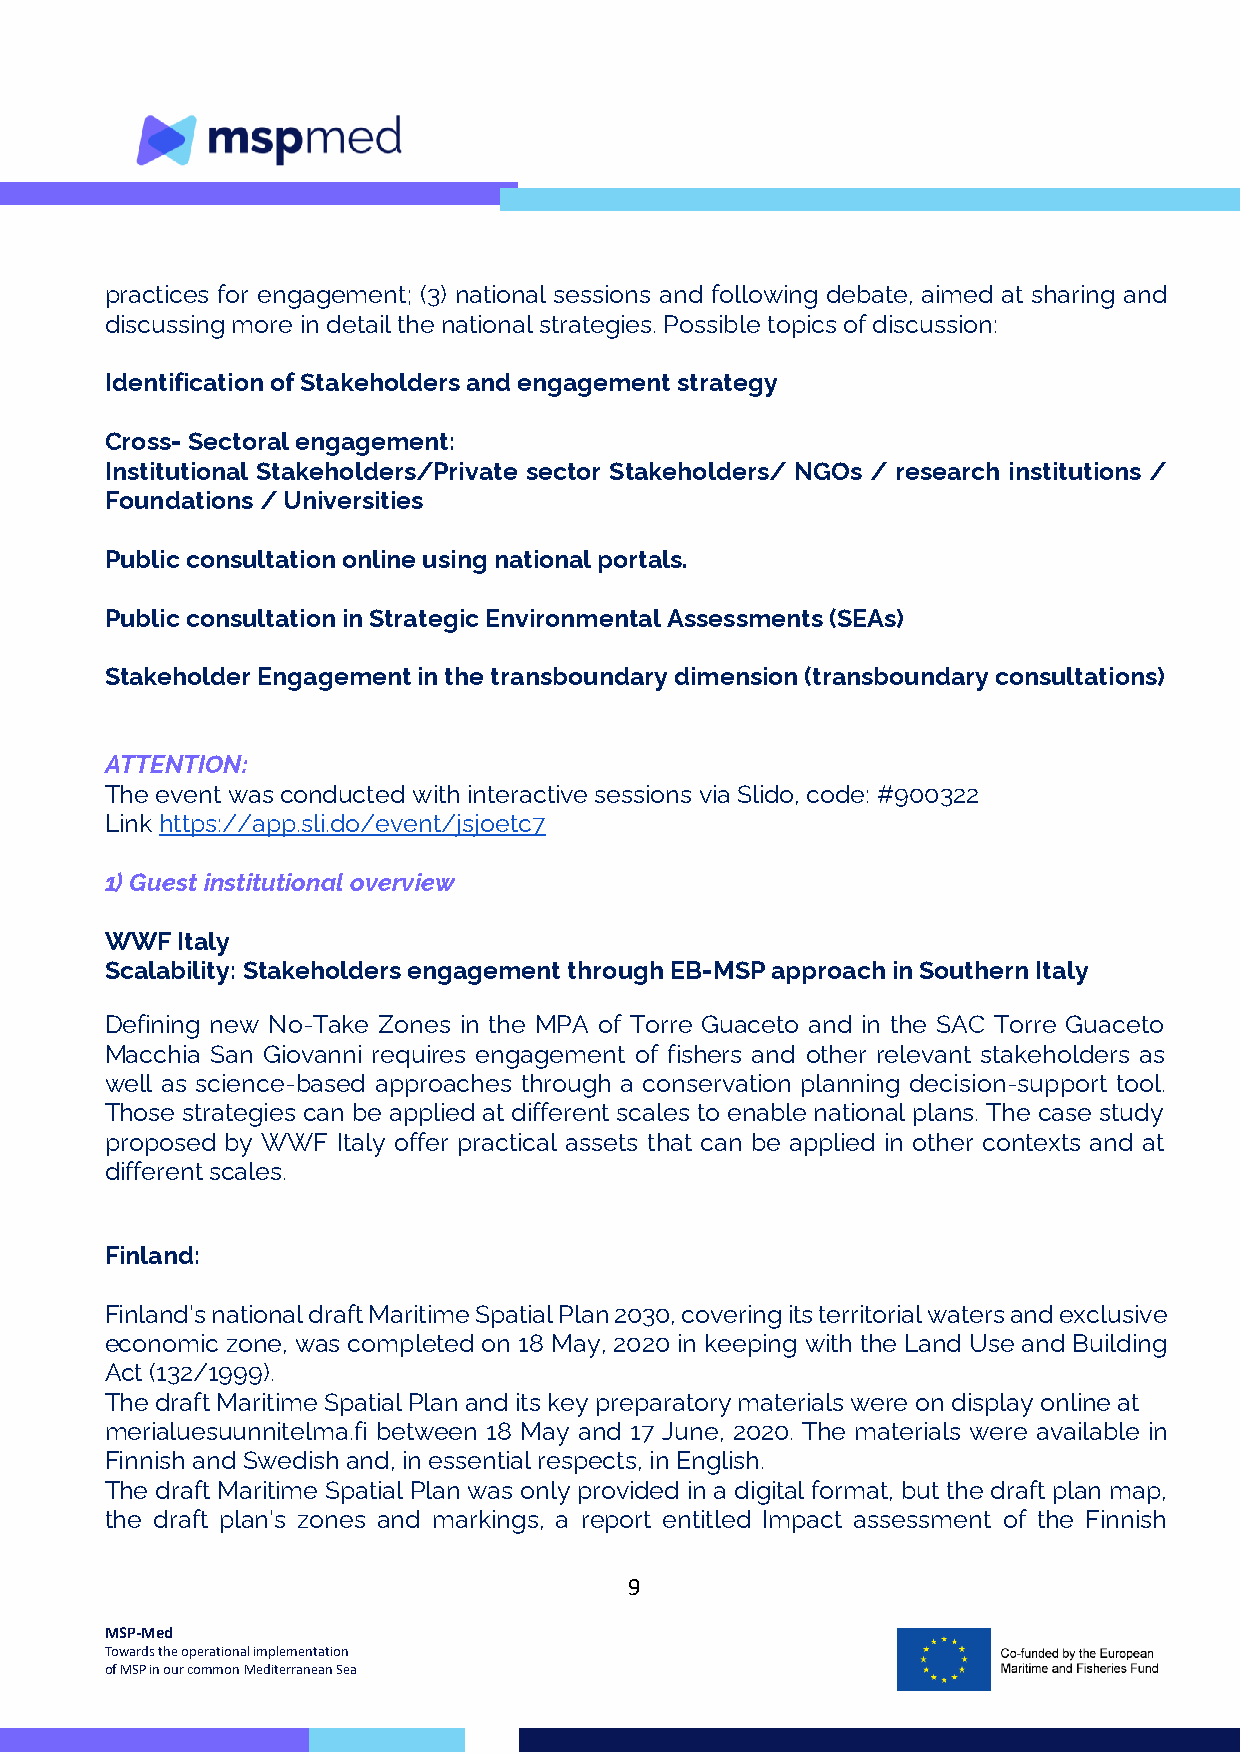
practices for engagement; (3) national sessions and following debate, aimed at sharing and
 discussing more in detail the national strategies. Possible topics of discussion:
 Identification of Stakeholders and engagement strategy
 Cross- Sectoral engagement:
 Institutional Stakeholders/Private sector Stakeholders/ NGOs / research institutions /
 Foundations / Universities
 Public consultation online using national portals.
 Public consultation in Strategic Environmental Assessments (SEAs)
 Stakeholder Engagement in the transboundary dimension (transboundary consultations)
 ATTENTION:
 The event was conducted with interactive sessions via Slido, code: #900322
 Link https://app.sli.do/event/jsjoetc7
 1) Guest institutional overview
 WWF  Italy
 Scalability: Stakeholders engagement through EB-MSP approach in Southern Italy
 Defining new No-Take Zones in the MPA of Torre Guaceto and in the SAC Torre Guaceto
 Macchia San Giovanni requires engagement of fishers and other relevant stakeholders as
 well as science-based approaches through a conservation planning decision-support tool.
 Those strategies can be applied at different scales to enable national plans. The case study
 proposed by WWF Italy offer practical assets that can be applied in other contexts and at
 different scales.
 Finland:
 Finland’s national draft Maritime Spatial Plan 2030, covering its territorial waters and exclusive
 economic zone, was completed on 18 May, 2020 in keeping with the Land Use and Building
 Act (132/1999).
 The draft Maritime Spatial Plan and its key preparatory materials were on display online at
 merialuesuunnitelma.fi between 18 May and 17 June, 2020. The materials were available in
 Finnish and Swedish and, in essential respects, in English.
 The draft Maritime Spatial Plan was only provided in a digital format, but the draft plan map,
 the draft plan’s zones and markings, a report entitled Impact assessment of the Finnish
 9
 MSP-Med
 Towards the operational implementation
 of MSP in our common Mediterranean Sea